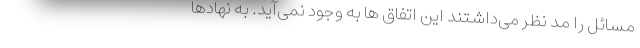
مسائل را مد نظر می‌داشتند این اتفاق ها به وجود نمی‌آید. به نهادها